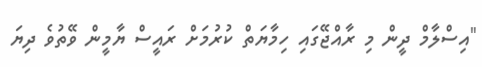
"އިސްލާމް ދީން މި ރާއްޖޭގައި ހިމާޔަތް ކުރުމަށް ރައީސް ޔާމީން ވޭތުވެ ދިޔަ